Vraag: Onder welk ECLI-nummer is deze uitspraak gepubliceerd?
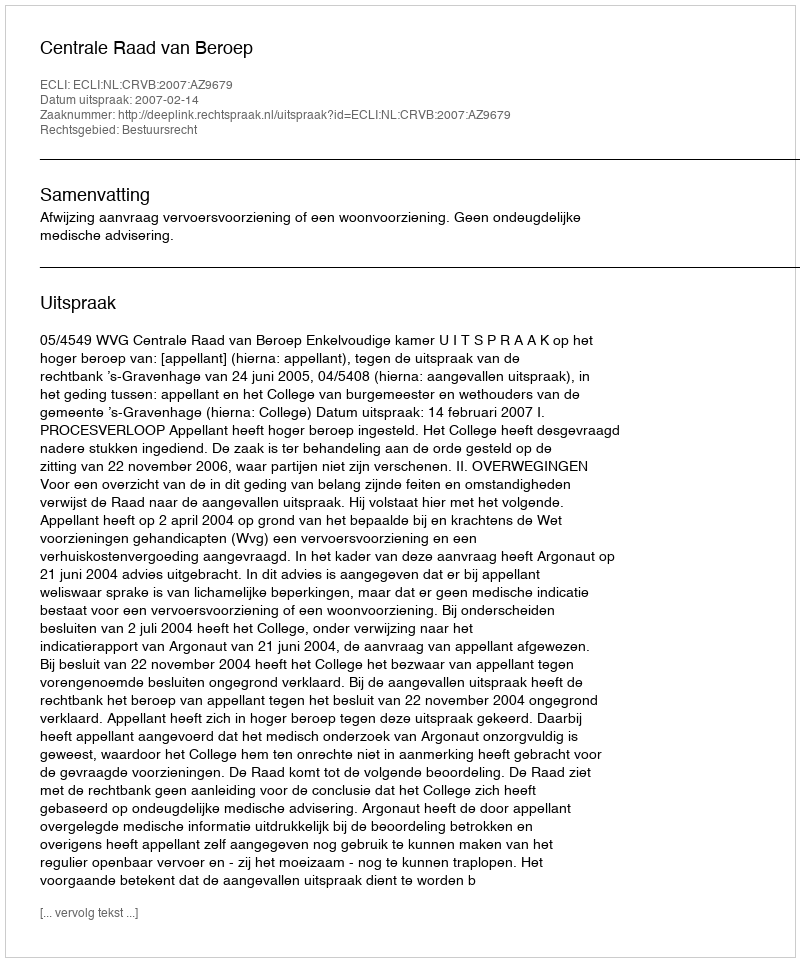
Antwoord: ECLI:NL:CRVB:2007:AZ9679